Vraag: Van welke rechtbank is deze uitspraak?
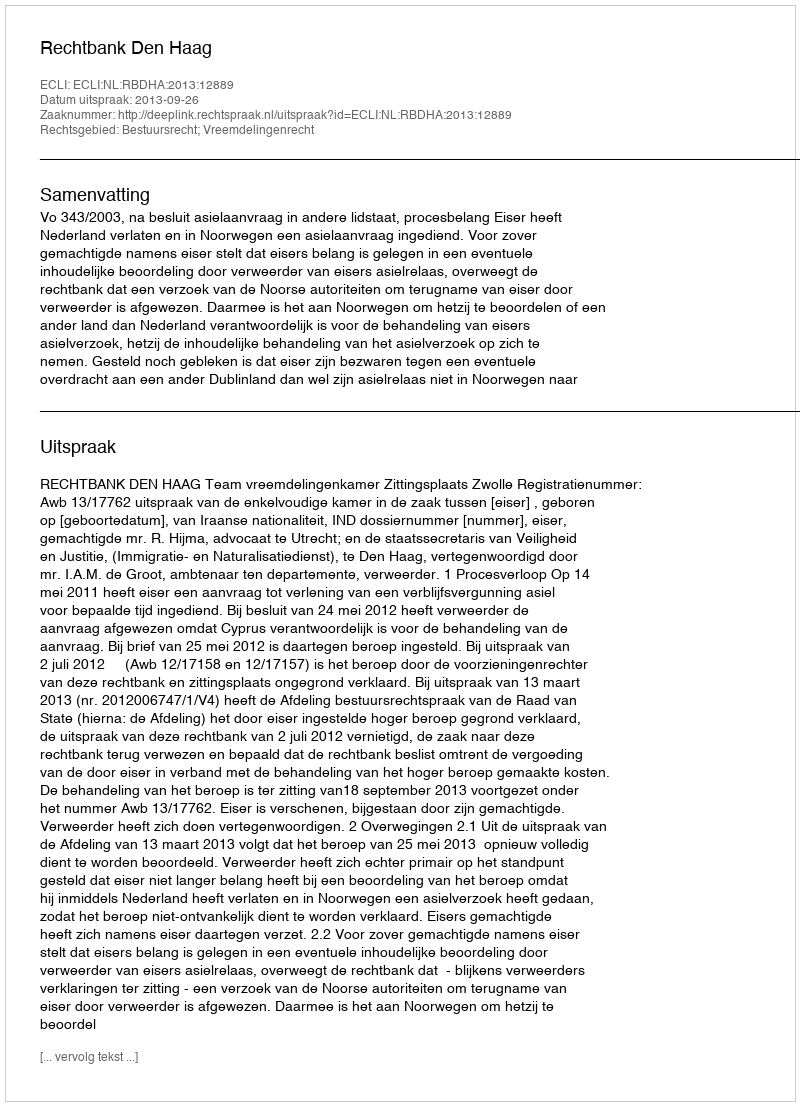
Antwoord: Rechtbank Den Haag